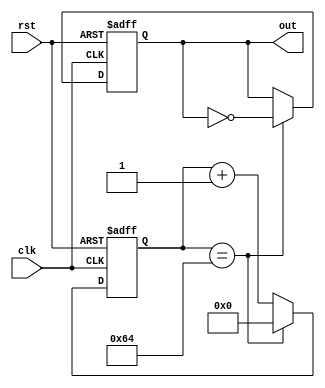
module periodic_timer (
    input wire clk,
    input wire rst,
    output reg out
);

parameter START_VALUE = 0;
parameter END_VALUE = 100;
parameter CLOCK_FREQUENCY = 1000000; // 1 MHz

reg [31:0] counter;

always @ (posedge clk or posedge rst) begin
    if (rst) begin
        counter <= 0;
        out <= 0;
    end else begin
        if (counter == END_VALUE) begin
            counter <= 0;
            out <= ~out;
        end else begin
            counter <= counter + 1;
        end
    end
end

endmodule